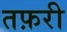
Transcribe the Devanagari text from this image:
तफ़री